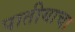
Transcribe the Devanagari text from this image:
पातीयाचा